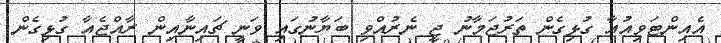
އެއިންޓަވިއުއާ ގުޅިގެން ތަރުޖަމާނު ޖީ ނެރުއްވި ބަޔާނުގައި ވަނީ ޗައިނާއިން ރާއްޖެއާ ގުޅިގެން